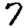
Digit: 7